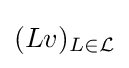
(Lv)_{L\in {\mathcal {L}}}